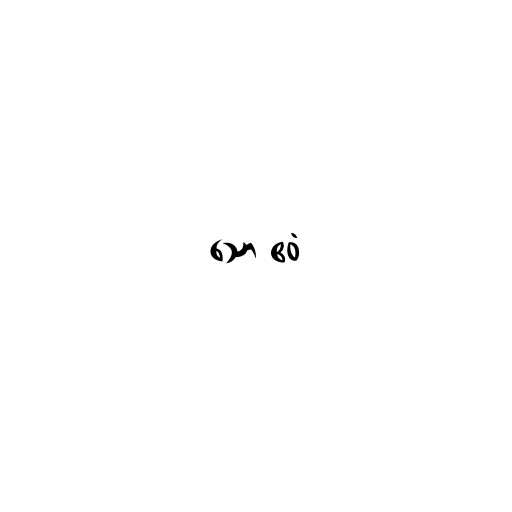
သော ဧဝံ